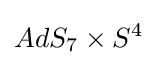
AdS_{7}\times S^{4}